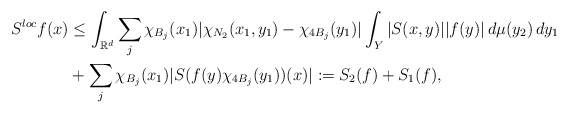
\begin{align*}S^{loc}f(x)&\leq \int_{\mathbb{R}^d}\sum_j \chi_{B_j}(x_1)|\chi_{N_2}(x_1,y_1)-\chi_{4B_j}(y_1)|\int_{Y}|S(x,y)||f(y)|\,d\mu(y_2)\,dy_1 \\&+\sum_j \chi_{B_j}(x_1)|S(f(y)\chi_{4B_j}(y_1))(x)|:= S_2(f)+S_1(f),\end{align*}